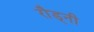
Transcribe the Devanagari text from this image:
रौड्नी